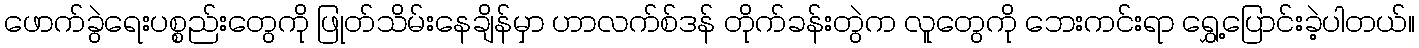
ဖောက်ခွဲရေးပစ္စည်းတွေကို ဖြုတ်သိမ်းနေချိန်မှာ ဟာလက်စ်ဒန် တိုက်ခန်းတွဲက လူတွေကို ဘေးကင်းရာ ရွှေ့ပြောင်းခဲ့ပါတယ်။